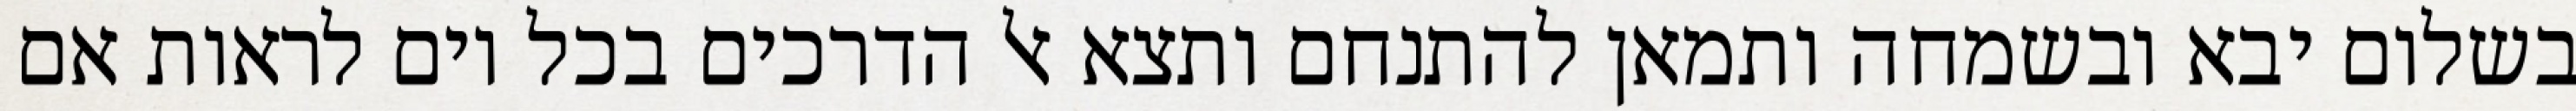
בשלום יבא ובשמחה ותמאן להתנחם ותצא אל הדרכים בכל יום לראות אם